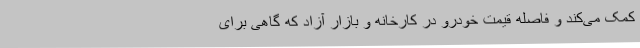
کمک می‌کند و فاصله قیمت خودرو در کارخانه و بازار آزاد که گاهی برای